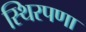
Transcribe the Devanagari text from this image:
स्थिरपणा